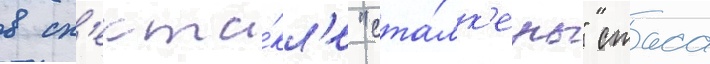
в сп'екта́кл'е "ста́лк'еры" стаса